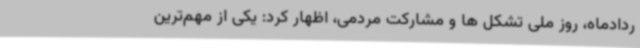
ردادماه، روز ملی تشکل ها و مشارکت مردمی، اظهار کرد: یکی از مهم‌ترین